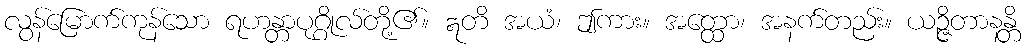
လွန်မြောက်ကုန်သော ရဟန္တာပုဂ္ဂိုလ်တို့၏။ ဣတိ အယံ၊ ဤကား။ အတ္ထော၊ အနက်တည်း။ ယဉ္ဇိတာနန္တိ